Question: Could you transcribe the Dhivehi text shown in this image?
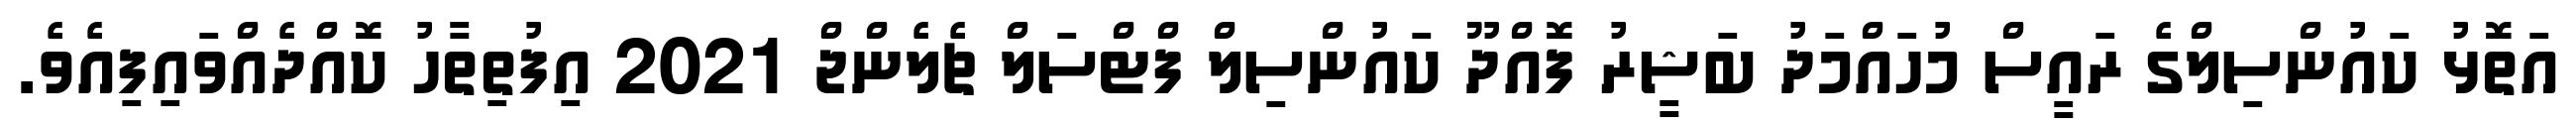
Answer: އަތޮޅު ކައުންސިލްގެ ރައީސް މުހައްމަދު ބަޝީރު ފޮއްދޫ ކައުންސިލް ފްޓްސަލް ޗެލެންޖް 2021 އިފުތިތާހު ކޮއްދެއްވައިފިއެވެ.